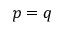
p = q